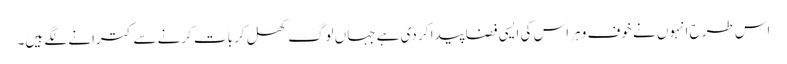
اس طرح انہوں نے خوف و ہراس کی ایسی فضا پیدا کر دی ہے جہاں لوگ کھل کر بات کرنے سے کترانے لگے ہیں۔